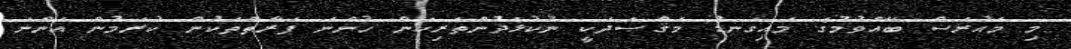
މި މައުރަޟް ބޭއްވުމުގެ މައިގަނޑު މަޤްޞަދަކީ ނުކުޅެދުންތެރިކަން ހުންނަ ފަރާތްތަކުން ކުރަމުން އަންނަ